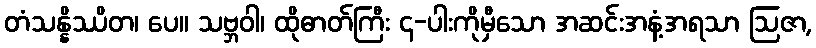
တံသန္နိဿိတ၊ ပေ။ သဗ္ဘဝါ၊ ထိုဓာတ်ကြီး ၄-ပါးကိုမှီသော အဆင်းအနံ့အရသာ ဩဇာ,